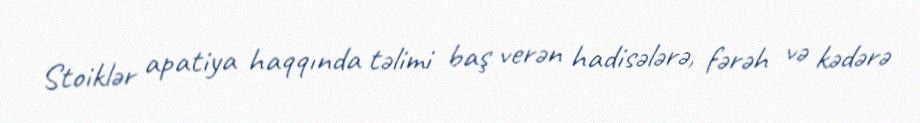
Stoiklər apatiya haqqında təlimi baş verən hadisələrə, fərəh və kədərə